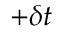
+ \delta t